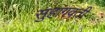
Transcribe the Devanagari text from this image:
सुहागवती